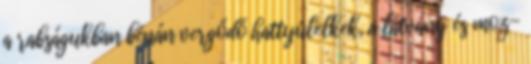
a rabságukban bénán vergődő hattyúlelkek, a látvány és moz-